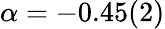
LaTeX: \alpha=-0.45(2)